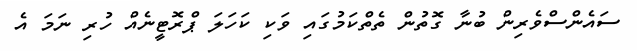
ސައެންސްވެރިން ބުނާ ގޮތުން ތެތްކަމުގައި ވަކި ކަހަލަ ޕްރޮޓީނެއް ހުރި ނަމަ އެ